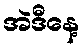
အဲဒီနေ့